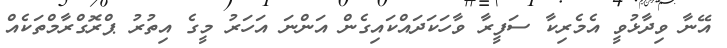
އޭނާ ވިދާޅުވީ އެމެރިކާ ސަފީރާ ވާހަކަދައްކައިގެން އަންނަ އަހަރު މީގެ އިތުރު ޕްރޮގްރާމްތަކެއް